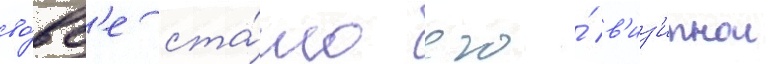
во́вс'е ста́ло его́ в'из'итнои